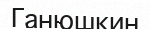
Ганюшкин